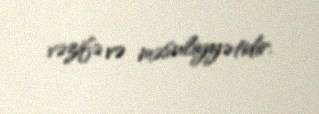
vəzifə və məsuliyyətidir.